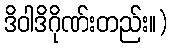
ဒိဝါဒိဂိုဏ်းတည်း။)